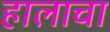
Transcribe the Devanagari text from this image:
हालाचा